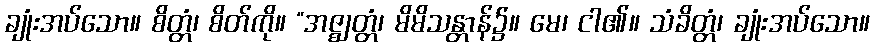
ချုံးအပ်သော။ စိတ္တံ၊ စိတ်ကို။ “အဇ္ဈတ္တံ၊ မိမိသန္တာန်၌။ မေ၊ ငါ၏။ သံခိတ္တံ၊ ချုံးအပ်သော။